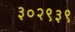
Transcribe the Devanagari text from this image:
३०२९३९